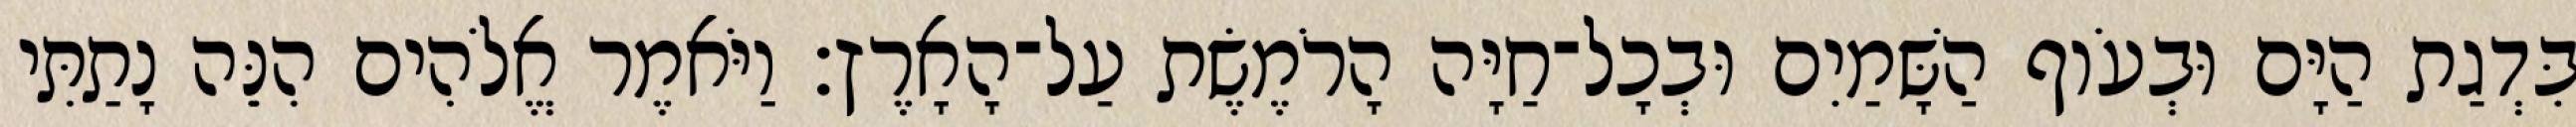
בִּדְגַת הַיָּם וּבְעֹוף הַשָּׁמַיִם וּבְכָל־חַיָּה הָרֹמֶשֶׂת עַל־הָאָרֶץ׃ וַיֹּאמֶר אֱלֹהִים הִנֵּה נָתַתִּי